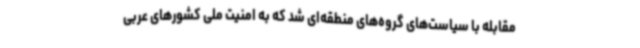
مقابله با سیاست‌های گروه‌های منطقه‌ای شد که به امنیت ملی کشورهای عربی